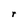
Character: r